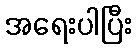
အရေးပါပြီး